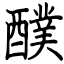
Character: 醭